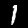
Label: 1